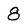
Character: 8